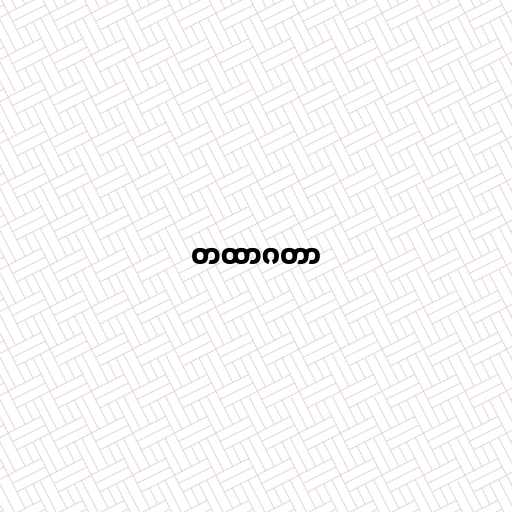
တထာဂတာ